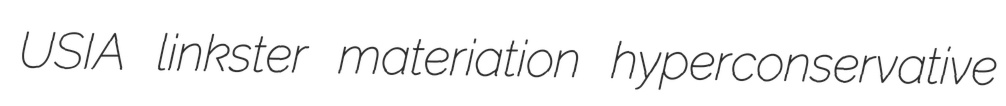
USIA linkster materiation hyperconservative